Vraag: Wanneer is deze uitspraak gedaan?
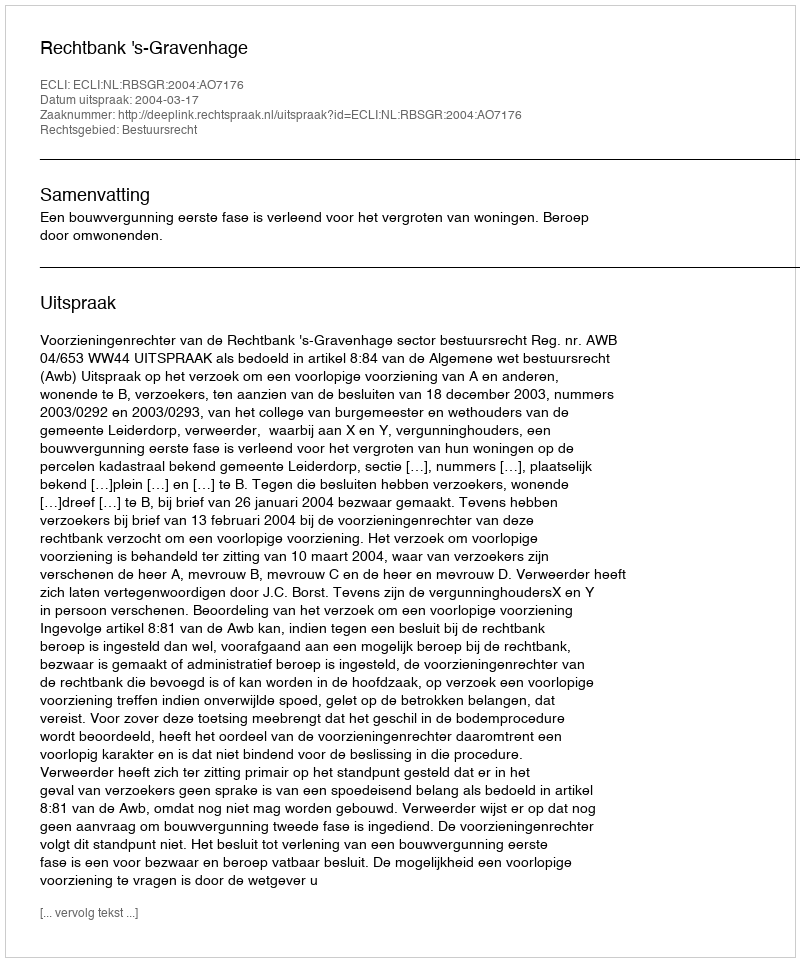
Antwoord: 2004-03-17